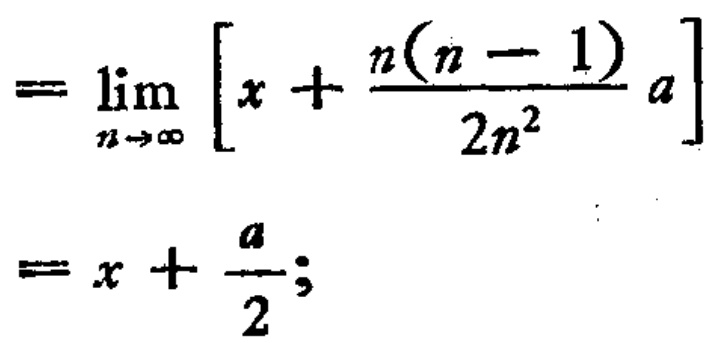
\[
\begin{align*}
&=\lim_{n\rightarrow\infty}\left[x + \frac{n(n - 1)}{2n^{2}}a\right]\\
&=x+\frac{a}{2};
\end{align*}
\]